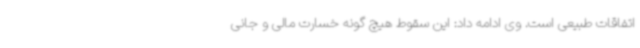
اتفاقات طبیعی است. وی ادامه داد: این سقوط هیچ گونه خسارت مالی و جانی